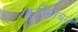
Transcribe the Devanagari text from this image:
कुर्दीसोबत